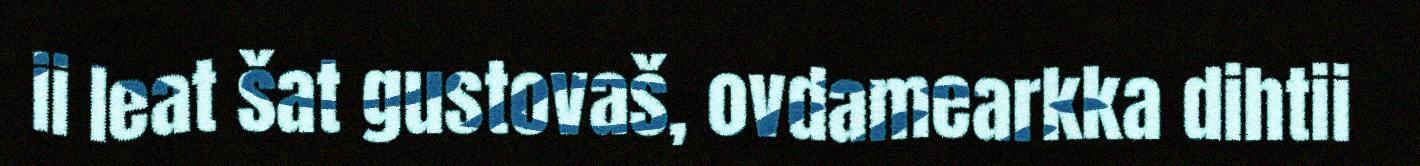
ii leat šat gustovaš, ovdamearkka dihtii